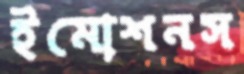
ইমোশনস